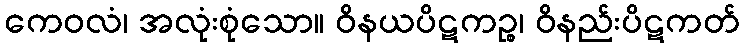
ကေဝလံ၊ အလုံးစုံသော။ ဝိနယပိဋကဉ္စ၊ ဝိနည်းပိဋကတ်